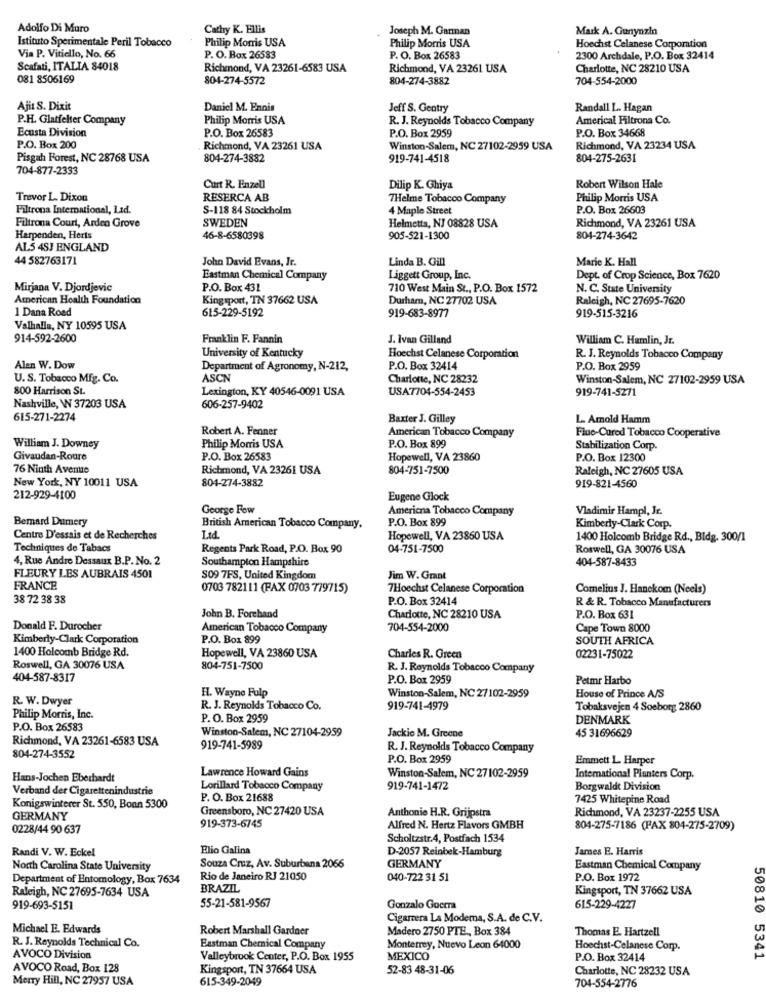
Adolfo Di Muro
Cathy K. Ellis
Joseph M. Garman
Mark A. Gunynzin
Istituto Sperimentale Peril Tobacco
Philip Morris USA
Philip Morris USA
Hoechst Celanese Corporation
Via P. Vitiello, No. 66
P. O. Box 26583
P. O. Box 26583
2300 Archdale, P.O. Box 32414
Scafati, ITALIA 84018
Richmond, VA 23261-6583 USA
Richmond, VA 23261 USA
Charlotte, NC 28210 USA
081 8506169
804-274-5572
804-274-3882
704-554-2000
Ajit S. Dixit
Danicl M. Ennis
Jeff S. Gentry
Randall L. Hagan
P.H. Glatfelter Company
Philip Morris USA
R. J. Reynolds Tobacco Company
Americal Filtrona Co.
Ecusta Division
P.O. Box 26583
P.O. Box 2959
P.O. Box 34668
P.O. Box 200
Richmond, VA 23261 USA
Winston-Salem, NC 27102-2959 USA
Richmond, VA 23234 USA
Pisgah Forest, NC 28768 USA
804-274-3882
919-741-4518
804-275-2631
704-877-2333
Curt R. Enzell
Dilip K. Ghiya
Robert Wilson Hale
Trevor L. Dixon
RESERCA AB
7Helme Tobacco Company
Philip Morris USA
Filtrona International, Lad.
S-118 84 Stockholm
4 Maple Street
P.O. Box 26603
SWEDEN
Richmond, VA 23261 USA
Filtrona Court, Arden Grove
Helmetta, NJ 08828 USA
Harpenden, Herts
46-8-6580398
905-521-1300
804-274-3642
AL5 4SJ ENGLAND
44 582763171
John David Evans, Jr.
Linda B. Gill
Marie K. Hall
Eastman Chemical Company
Liggett Group, Inc.
Dept. of Crop Science, Box 7620
Mirjana V. Djordjevic
P.O. Box 431
710 West Main St ., P.O. Box 1572
N. C. State University
American Health Foundation
Kingsport, TN 37662 USA
Durham, NC 27702 USA
Raleigh, NC 27695-7620
1 Dana Road
615-229-5192
919-683-8977
919-515-3216
Valhalla, NY 10595 USA
914-592-2600
Franklin F. Fannin
J. Ivan Gilland
William C. Hamlin, Jr.
University of Kentucky
Hoechst Celanese Corporation
R. J. Reynolds Tobacco Company
Alen W. Dow
Department of Agronomy, N-212,
P.O. Box 32414
P.O. Box 2959
U. S. Tobacco Mig. Co.
ASCN
Charlotte, NC 28232
Winston-Salem, NC 27102-2959 USA
800 Harrison St.
Lexington, KY 40546-0091 USA
USA7704-554-2453
919-741-5271
Nashville, W 37203 USA
606-257-9402
615-271-2274
Baxter J. Gilley
L. Amold Hamm
Robert A. Fenner
Fluo-Cured Tobacco Cooperative
American Tobacco Company
William J. Downey
Philip Morris USA
P.O. Box 899
Stabilization Corp.
Givaudan-Roure
P.O. Box 26583
Hopewell, VA 23860
P.O. Box 12300
76 Ninth Avenue
Richmond, VA 23261 USA
804-751-7500
Raleigh, NC 27605 USA
New York, NY 10011 USA
804-274-3882
919-821-4560
212-929-4100
Eugene Glock
George Few
Americna Tobacco Company
Vladimir Hampl, Ir.
Bemard Dumery
P.O. Box 899
British American Tobacco Company.
Kimberly-Clark Corp.
Centre D'essais et de Recherches
Ltd.
Hopewell, VA 23860 USA
1400 Holcomb Bridge Rd ., Bldg. 300/1
Techniques de Tabacs
Regents Park Road, P.O. Box 90
04-751-7500
Roswell, GA 30076 USA
4, Rue Andre Dessaux B.P. No. 2
Southampton Hampshire
404-587-8433
FLEURY LES AUBRAIS 4501
S09 7FS, United Kingdom
Jim W. Grant
FRANCE
0703 782111 (FAX 0703 779715)
7Hoechst Celanese Corporation
Comelius J. Hanckom (Neels)
38 72 38 38
P.O. Box 32414
R & R. Tobacco Manufacturers
John B. Forehand
Charlotte, NC 28210 USA
P.O. Box 631
Donald F. Durocher
American Tobacco Company
704-554-2000
Cape Town 8000
Kimberly-Clark Corporation
P.O. Box 899
SOUTH AFRICA
1400 Holcomb Bridge Rd.
Hopewell, VA 23860 USA
Charles R. Green
02231-75022
Roswell, GA 30076 USA
804-751-7500
R. J. Reynolds Tobacco Company
404-587-8317
P.O. Box 2959
Petmr Harbo
H. Wayne Fulp
R. W. Dwyer
Winston-Salem, NC 27102-2959
House of Prince A/S
R. J. Reynolds Tobacco Co.
919-741-4979
Tobaksvejen 4 Soeborg 2860
Philip Morris, Inc.
P. O. Box 2959
DENMARK
P.O. Box 26583
Winston-Salem, NC 27104-2959
Jackie M. Greene
Richmond, VA 23261-6583 USA
45 31696629
919-741-5989
R. J. Reynolds Tobacco Company
804-274-3552
P.O. Box 2959
Emmett L. Harper
Lawrence Howard Gains
Hans-Jochen Eberhardt
Winston-Salem, NC 27102-2959
International Planters Corp.
Verband der Cigarettenindustrie
Lorillard Tobacco Company
919-741-1472
Borgwaldt Division
P. O. Box 21688
7425 Whitepine Road
Konigswinterer St. 550, Bonn 5300
Greensboro, NC 27420 USA
Richmond, VA 23237-2255 USA
GERMANY
919-373-6745
Anthonie H.R. Grijpstra
0228/44 90 637
Alfred N. Hertz Flavors GMBH
804-275-7186 (FAX 804-275-2709)
Scholtzstr.4, Postfach 1534
Randi V. W. Eckel
Elio Galina
D-2057 Reinbek-Hamburg
James E. Harris
North Carolina State University
Souza Cruz, Av. Suburbana 2066
GERMANY
Eastman Chemical Company
Department of Entomology, Box 7634
Rio de Janeiro RJ 21050
040-722 31 51
P.O. Box 1972
Raleigh, NC 27695-7634 USA
BRAZIL
Kingsport, TN 37662 USA
919-693-5151
55-21-581-9567
Gonzalo Gocrra
615-229-4227
Cigarrera La Modema, S.A. de C.V.
Michael E. Edwards
Robert Marshall Gardner
Madero 2750 PTE ., Box 384
Thomas E. Hartzell
R. J. Reynolds Technical Co.
Eastman Chemical Company
Monterrey, Nuevo Leon 64000
Hoechst-Celanese Corp.
50810 5341
AVOCO Division
Valleybrook Center, P.O. Box 1955
MEXICO
P.O. Box 32414
AVOCO Road, Box 128
Kingsport, TN 37664 USA
52-83 48-31-06
Charlotte, NC 28232 USA
Merry Hill, NC 27957 USA
615-349-2049
704-554-2776